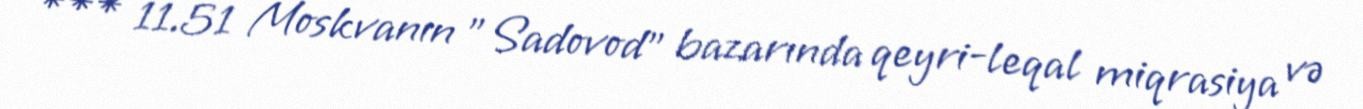
*** 11.51 Moskvanın "Sadovod" bazarında qeyri-leqal miqrasiya və